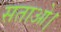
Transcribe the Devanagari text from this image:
सताओ।